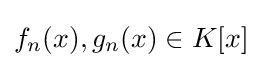
f_{n}(x),g_{n}(x)\in K[x]